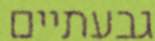
גבעתיים